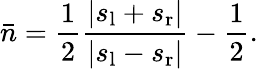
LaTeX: \bar{n}=\frac{1}{2}\frac{|s_{\mathrm{l}}+s_{\mathrm{r}}|}{|s_{\mathrm{l}}-s_{\mathrm{r}}|}-\frac{1}{2}.